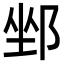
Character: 𨛏